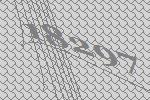
18297